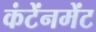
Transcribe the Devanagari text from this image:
कंटेंनमेंट